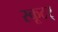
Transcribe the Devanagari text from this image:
स्कूटर्